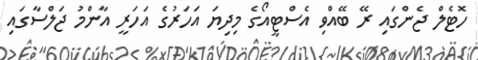
ހޮޓެލް ޖެންގައި ރޭ ބޭއްވި އެސްޓީއޯގެ މިދިޔަ އަހަރުގެ އަހަރީ އާންމު ޖަލްސާގައި